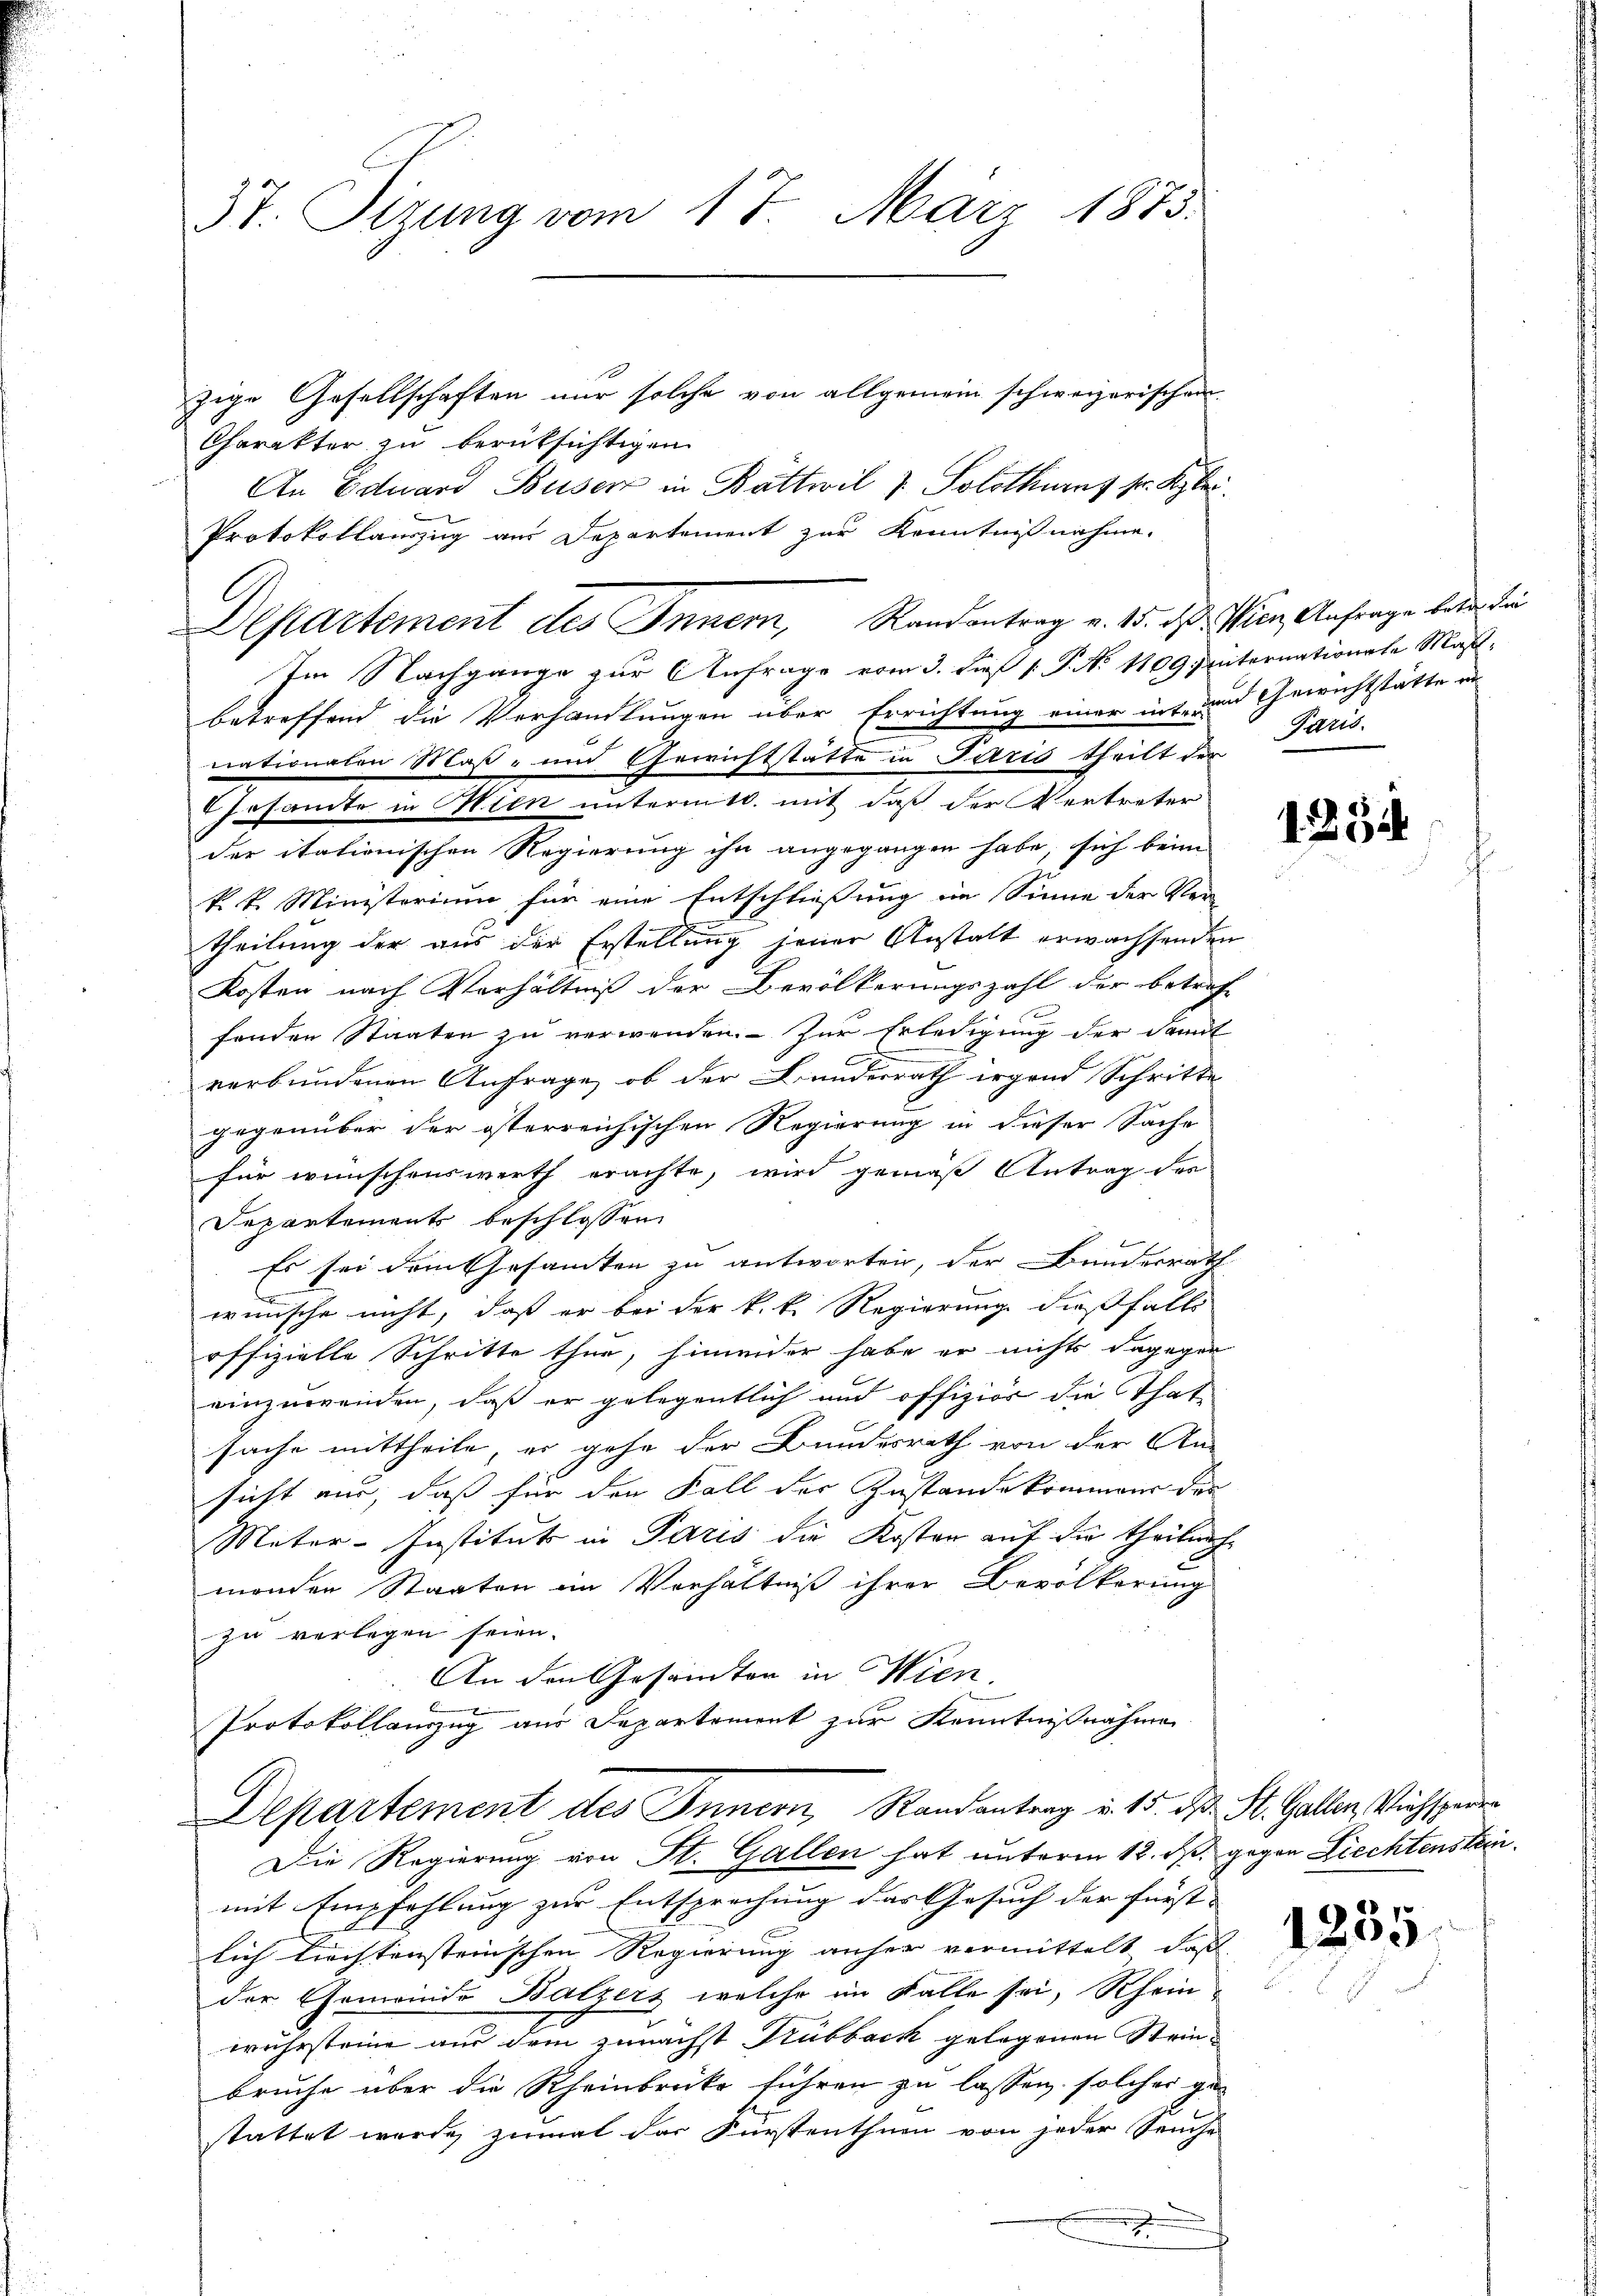
37. Sizung vom 17. März 1873.
zige Gesellschaften nur solche von allgemein schweizerischen

Charakter zu berüksichtigen
An Eduard Buser in Bättwil 7. Solothurns sr. Klei
betreffend die Verhandlungen über Errichtung einer int- und Gewichtstätte er
nationalen Maß- und Gewichtstätte in Paris theilt der Paris.
sosante in Wien unterm 10. mit daß der Vertreter
der itationischen Regierung ihn angegangen habe, sich beim
k. k. Ministerium für eine Entschließung im Sinne der Ver-
theilung der aus der Erstellung jener Anstalt erwachsenden
Kosten nach Verhältniß der Bevölkerungszahl der betref-
fenden Staaten zu verwenden. - Zur Erledigung der Damit
verbundenen Anfrage, ob der Kunderrath irgend Schritte
gegenüber der österreichischen Regierung in dieser Sache
für wünschenswerth erachte, wird gemäß Antrag der
Departements beschlossen
Es sei dem Gesamten zu antworten, der Bauderrath
wünsche nicht, daß er bei der k. k. Regierung dießfalls
offizielle Schritte thue, hinwider habe er nichts dagegen
einzuwenden, daß er gelegentlich und offizier die Thatsache mittheile, er gehe der Bundesrath von der An-
sicht nur, daß für den Fall der Zustande kommen der
Meter-Institut in Paris die Kosten auf die theilnach
menden Staaten im Verhältniß ihrer Bevölkerung
zu verlegen seien.
An den Gesamten in Wien,
Protokollauszug aus Departement zur Kenntnißnahme
Departement des Innern, Randantrag u. 15. d. St. Gallen, Viehsperre
Die Regierung von St. Gallen hat unterm 12. ds. gegen Liechtensteinmit Empfehlung zur Entsprechung der Gesuch der Fürst-
lich liechtensteinschen Regierung anher vermittelt, daß
der Gemeinde Batzers welche im Falle sei, Rheinwuhrsteine aus dem zunächst Trubback gelegenen Steinbruche über die Rheinbrücke führen zu lassen, solches gestattet wurde zumal der Fürstenthum von jeder Seuche

Protokollanzug aus Departement zur Kenntnißnahme.
Departement des Innern, Randantrag v. 15. ds. Wien Anfrage bei die
Im Nachgange zur Anfrage vom 3. dieß P. No 1109 unternationale Mas-

1. 2. 54.

1255.